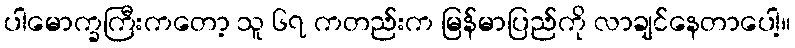
ပါမောက္ခကြီးကတော့ သူ ၆၇ ကတည်းက မြန်မာပြည်ကို လာချင်နေတာပေါ့။